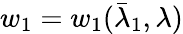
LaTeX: w_{1}=w_{1}(\bar{\lambda}_{1},\lambda)